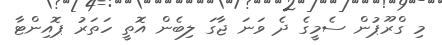
މި ގްރޫޕުން ސެމީގެ ދެ ވަނަ ޖާގަ ލިބެން އޮތީ ހަތަރު ޕޮއިންޓާ